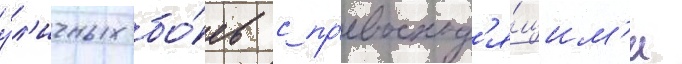
у́л'ичных бо́ев с пр'евосход'я́щим'и